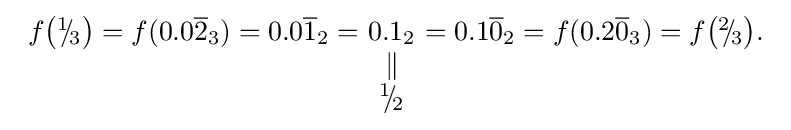
{\begin{array}{lcl}f{\bigl (}{}^{1}\!\!/\!_{3}{\bigr )}=f(0.0{\overline {2}}_{3})=0.0{\overline {1}}_{2}=\!\!&\!\!0.1_{2}\!\!&\!\!=0.1{\overline {0}}_{2}=f(0.2{\overline {0}}_{3})=f{\bigl (}{}^{2}\!\!/\!_{3}{\bigr )}.\\&\parallel \\&{}^{1}\!\!/\!_{2}\end{array}}